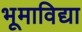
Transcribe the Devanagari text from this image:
भूमाविद्या